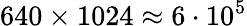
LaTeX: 640\times 1024\approx 6\cdot 10^{5}